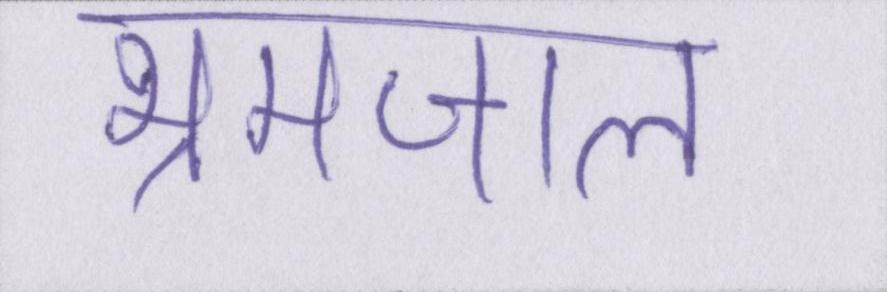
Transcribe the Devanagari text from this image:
भ्रमजाल